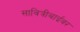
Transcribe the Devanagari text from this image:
सावित्रीबाईंवर